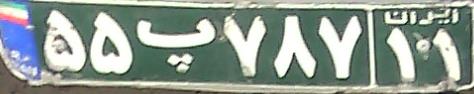
۵۵پ۷۸۷۱۱